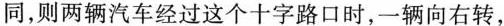
同，则两辆汽车经过这个十字路口时，一辆向右转，